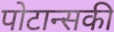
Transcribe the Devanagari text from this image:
पोटान्सकी